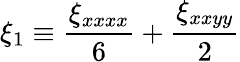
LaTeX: \xi_{1}\equiv\frac{\xi_{xxxx}}{6}+\frac{\xi_{xxyy}}{2}